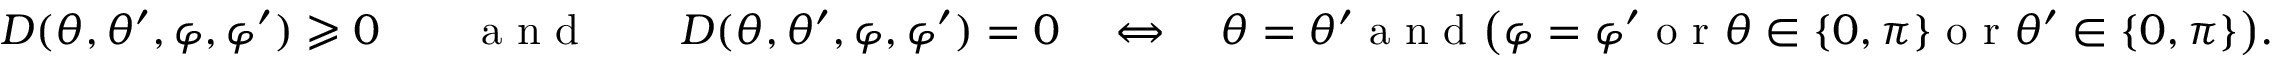
D ( \theta , \theta ^ { \prime } , \varphi , \varphi ^ { \prime } ) \geqslant 0 \qquad \textnormal { a n d } \qquad D ( \theta , \theta ^ { \prime } , \varphi , \varphi ^ { \prime } ) = 0 \quad \Leftrightarrow \quad \theta = \theta ^ { \prime } \textnormal { a n d } \big ( \varphi = \varphi ^ { \prime } \textnormal { o r } \theta \in \{ 0 , \pi \} \textnormal { o r } \theta ^ { \prime } \in \{ 0 , \pi \} \big ) .